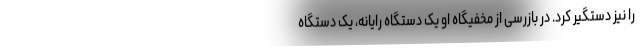
را نیز دستگیر کرد. در بازرسی از مخفیگاه او یک دستگاه رایانه، یک دستگاه